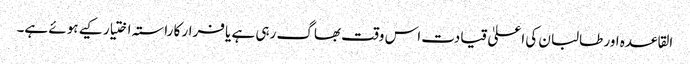
القاعدہ اور طالبان کی اعلیٰ قیادت اس وقت بھاگ رہی ہے یا فرار کا راستہ اختیار کیے ہوئے ہے۔